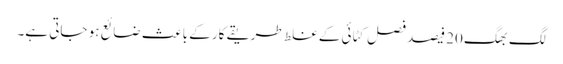
لگ بھگ 20 فیصد فصل کٹائی کے غلط طریقے کار کے باعث ضائع ہو جاتی ہے۔